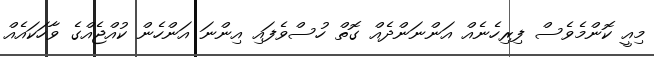
މިއީ ކޮންމެވެސް ފިރިހެނެއް އަންނަންދެއް ގޮތް ހުސްވެފައި އިންނަ އަންހެން ކުއްޖެއްގެ ވާހަކައެއް